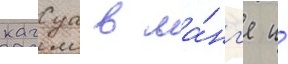
кагуа в ма́нг'е и́